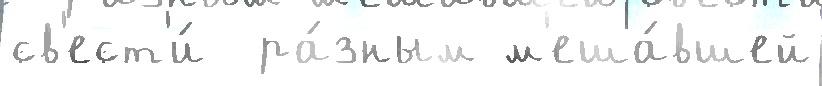
св'ест'и́  ра́зным м'еша́вшей